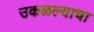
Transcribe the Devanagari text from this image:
उकळल्याचा